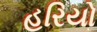
હરિયો